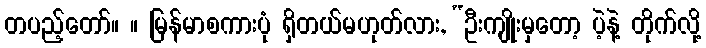
တပည့်တော်။ ။ မြန်မာစကားပုံ ရှိတယ်မဟုတ်လား, “ဦးကျိုးမှတော့ ပဲ့နဲ့ တိုက်လို့